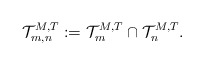
\begin{align*}\mathcal{T}_{m,n}^{M,T} := \mathcal{T}_m^{M,T} \cap \mathcal{T}_n^{M,T}.\end{align*}